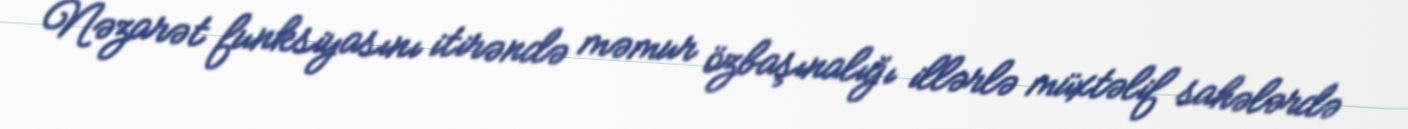
Nəzarət funksiyasını itirəndə məmur özbaşınalığı illərlə müxtəlif sahələrdə